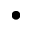
\bullet